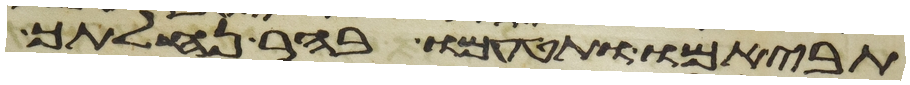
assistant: תביאמו ותטעמו בהר נחלתך